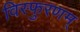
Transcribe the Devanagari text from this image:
विस्फुरणम्